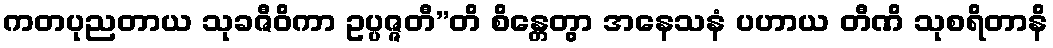
ကတပုညတာယ သုခဇီဝိကာ ဥပ္ပဇ္ဇတီ”တိ စိန္တေတွာ အနေသနံ ပဟာယ တီဏိ သုစရိတာနိ